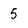
Character: 5